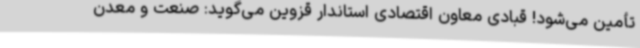
تأمین می‌شود! قبادی معاون اقتصادی استاندار قزوین می‌گوید: صنعت و معدن